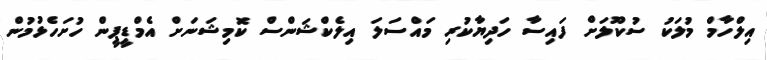
އިލްހާމް މުލަކު ސުކޫލަށް ފައިސާ ހަދިޔާކުރި މައްސަލަ އިލެކްޝަންސް ކޮމިޝަނަށް އެމްޑީޕީން ހުށަހެޅުމުން